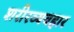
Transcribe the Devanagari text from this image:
शरीरव्यवहार